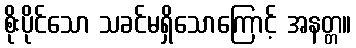
စိုးပိုင်သော သခင်မရှိသောကြောင့် အနတ္တ။